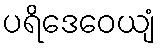
ပရိဒေဝေယျံ